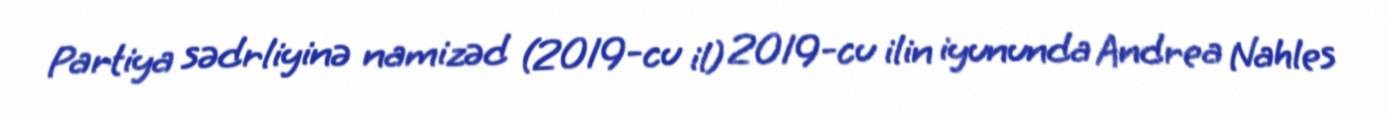
Partiya sədrliyinə namizəd (2019-cu il) 2019-cu ilin iyununda Andrea Nahles